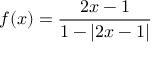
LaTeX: f ( x ) = { \frac { 2 x - 1 } { 1 - \vert { 2 x - 1 } \vert } }